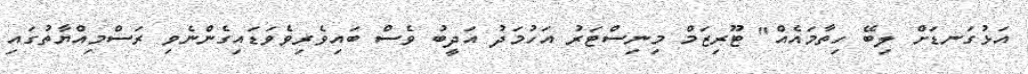
އަޅުގަނޑަށް ލިބޭ ހިތާމައެއް" ޓޫރިޒަމް މިނިސްޓަރު އަހުމަދު އަދީބު ވެސް ބައިވެރިވެވަޑައިގެންނެވި ރަސްމިއްޔާތުގައި